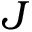
J